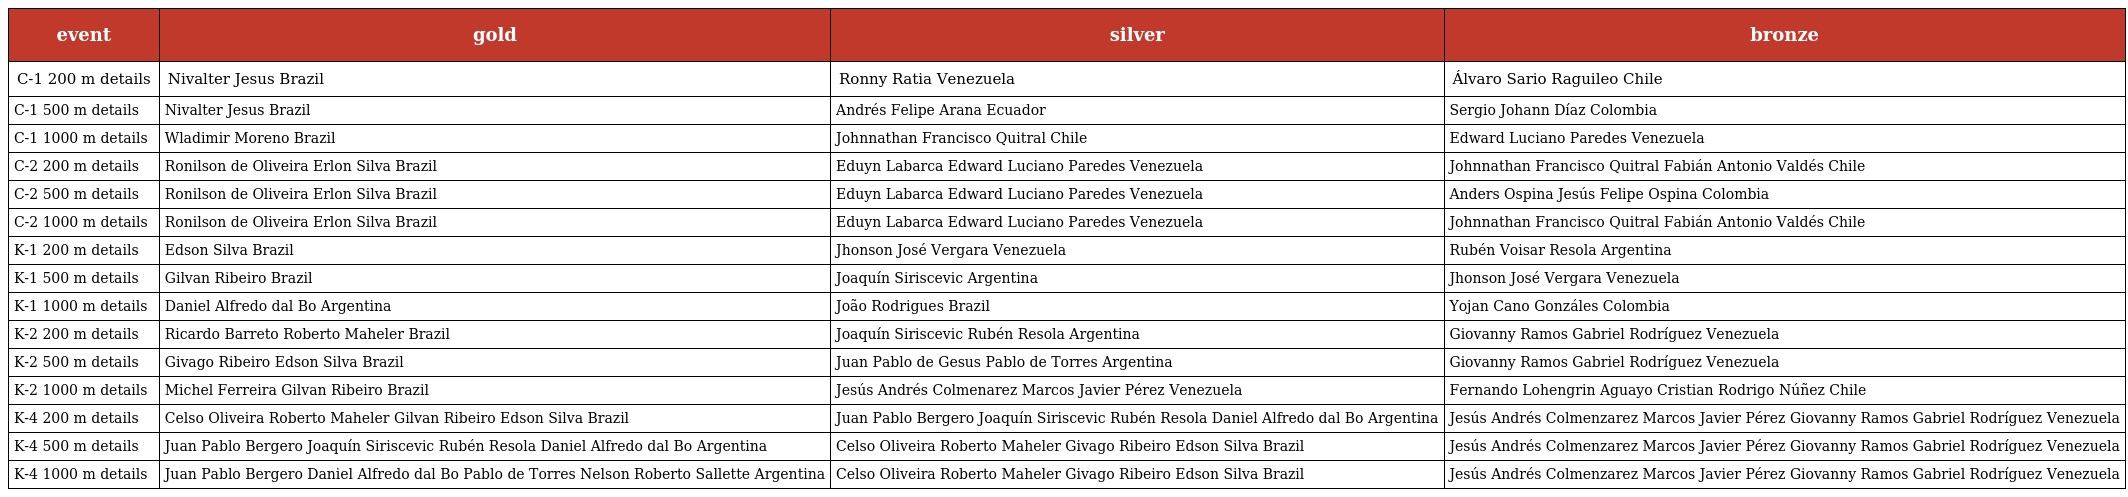
| event | gold | silver | bronze |
 | --- | --- | --- | --- |
 | C-1 200 m details | Nivalter Jesus Brazil | Ronny Ratia Venezuela | Álvaro Sario Raguileo Chile |
 | C-1 500 m details | Nivalter Jesus Brazil | Andrés Felipe Arana Ecuador | Sergio Johann Díaz Colombia |
 | C-1 1000 m details | Wladimir Moreno Brazil | Johnnathan Francisco Quitral Chile | Edward Luciano Paredes Venezuela |
 | C-2 200 m details | Ronilson de Oliveira Erlon Silva Brazil | Eduyn Labarca Edward Luciano Paredes Venezuela | Johnnathan Francisco Quitral Fabián Antonio Valdés Chile |
 | C-2 500 m details | Ronilson de Oliveira Erlon Silva Brazil | Eduyn Labarca Edward Luciano Paredes Venezuela | Anders Ospina Jesús Felipe Ospina Colombia |
 | C-2 1000 m details | Ronilson de Oliveira Erlon Silva Brazil | Eduyn Labarca Edward Luciano Paredes Venezuela | Johnnathan Francisco Quitral Fabián Antonio Valdés Chile |
 | K-1 200 m details | Edson Silva Brazil | Jhonson José Vergara Venezuela | Rubén Voisar Resola Argentina |
 | K-1 500 m details | Gilvan Ribeiro Brazil | Joaquín Siriscevic Argentina | Jhonson José Vergara Venezuela |
 | K-1 1000 m details | Daniel Alfredo dal Bo Argentina | João Rodrigues Brazil | Yojan Cano Gonzáles Colombia |
 | K-2 200 m details | Ricardo Barreto Roberto Maheler Brazil | Joaquín Siriscevic Rubén Resola Argentina | Giovanny Ramos Gabriel Rodríguez Venezuela |
 | K-2 500 m details | Givago Ribeiro Edson Silva Brazil | Juan Pablo de Gesus Pablo de Torres Argentina | Giovanny Ramos Gabriel Rodríguez Venezuela |
 | K-2 1000 m details | Michel Ferreira Gilvan Ribeiro Brazil | Jesús Andrés Colmenarez Marcos Javier Pérez Venezuela | Fernando Lohengrin Aguayo Cristian Rodrigo Núñez Chile |
 | K-4 200 m details | Celso Oliveira Roberto Maheler Gilvan Ribeiro Edson Silva Brazil | Juan Pablo Bergero Joaquín Siriscevic Rubén Resola Daniel Alfredo dal Bo Argentina | Jesús Andrés Colmenzarez Marcos Javier Pérez Giovanny Ramos Gabriel Rodríguez Venezuela |
 | K-4 500 m details | Juan Pablo Bergero Joaquín Siriscevic Rubén Resola Daniel Alfredo dal Bo Argentina | Celso Oliveira Roberto Maheler Givago Ribeiro Edson Silva Brazil | Jesús Andrés Colmenzarez Marcos Javier Pérez Giovanny Ramos Gabriel Rodríguez Venezuela |
 | K-4 1000 m details | Juan Pablo Bergero Daniel Alfredo dal Bo Pablo de Torres Nelson Roberto Sallette Argentina | Celso Oliveira Roberto Maheler Givago Ribeiro Edson Silva Brazil | Jesús Andrés Colmenzarez Marcos Javier Pérez Giovanny Ramos Gabriel Rodríguez Venezuela |